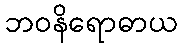
ဘဝနိရောဓာယ